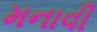
મનાવી